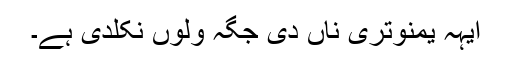
ایہہ یمنوتری ناں دی جگہ ولوں نکلدی ہے۔